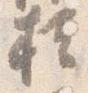
櫃